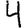
Digit: 4